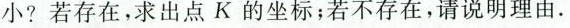
小?若存在，求出点K的坐标；若不存在，请说明理由.